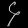
Digit: ၄